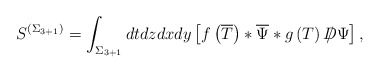
\begin{align*}S^{\left( \Sigma _{3+1}\right) }=\int _{\Sigma _{3+1}}dtdzdxdy\left[ f\left( \overline{T}\right) *\overline{\Psi }*g\left( T\right) D\! \! \! \! /\, \Psi \right] ,\end{align*}